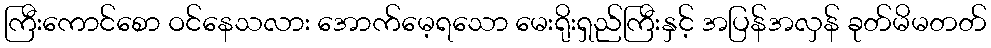
ကြီးကောင်စော ဝင်နေသလား အောက်မေ့ရသော မေးရိုးရှည်ကြီးနှင့် အပြန်အလှန် ခုတ်မိမတတ်